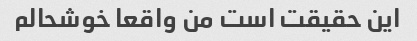
این حقیقت است من واقعا خوشحالم